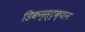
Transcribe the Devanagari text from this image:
डिकन्स्ट्रक्शन